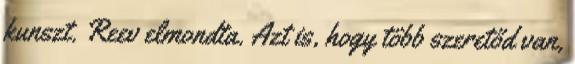
kunszt. Reev elmondta. Azt is, hogy több szeretőd van,